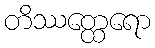
တိဿတ္ထေရော